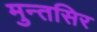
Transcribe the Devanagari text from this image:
मुन्तसिर